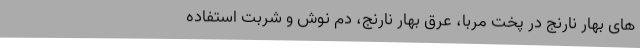
های بهار نارنج در پخت مربا، عرق بهار نارنج، دم نوش و شربت استفاده